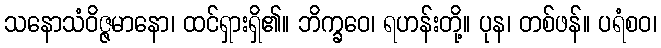
သနောသံဝိဇ္ဇမာနော၊ ထင်ရှားရှိ၏။ ဘိက္ခဝေ၊ ရဟန်းတို့။ ပုန၊ တစ်ဖန်။ ပရံစဝ၊